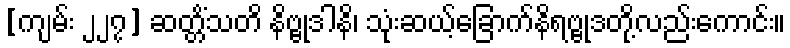
[ကျမ်း ၂၂၇] ဆတ္တိံသတိ နိဗ္ဗုဒါနိ၊ သုံးဆယ့်ခြောက်နိရဗ္ဗုဒတို့လည်းကောင်း။